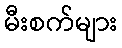
မီးစက်များ